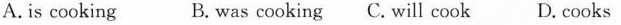
A.is cooking B. was cooking C. Will cook D. Cooks